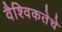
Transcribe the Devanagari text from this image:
वैश्विकतेचे